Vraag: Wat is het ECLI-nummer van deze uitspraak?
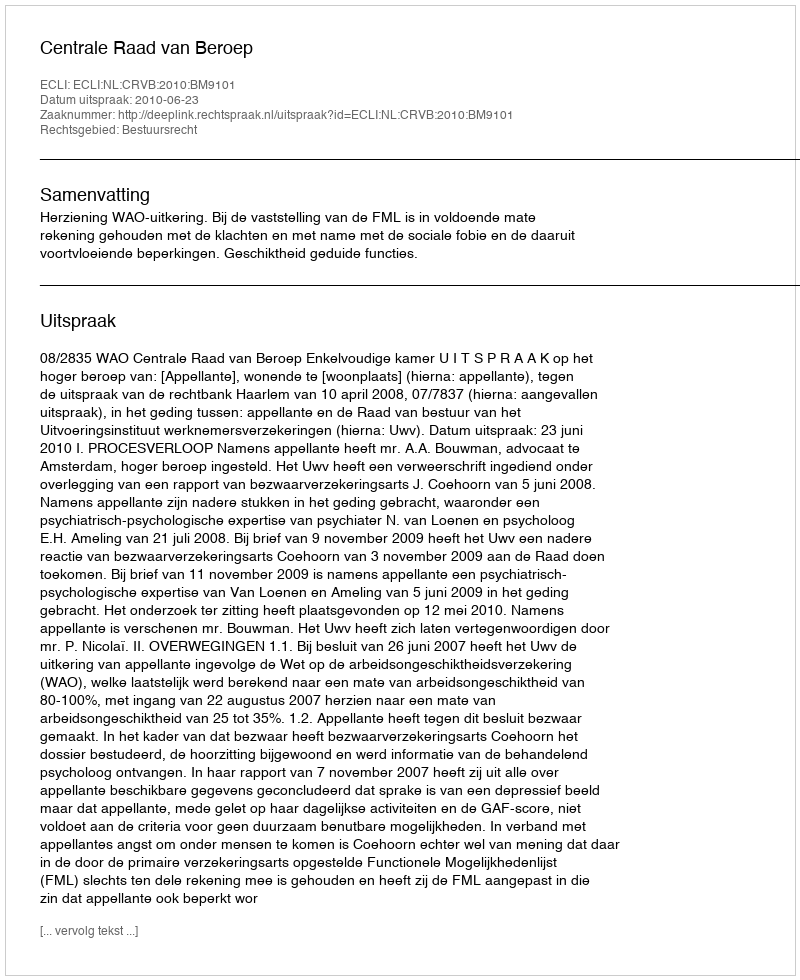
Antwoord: ECLI:NL:CRVB:2010:BM9101